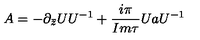
A = - \partial _ { \bar { z } } U U ^ { - 1 } + { \frac { i \pi } { I m \tau } } U a U ^ { - 1 }